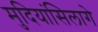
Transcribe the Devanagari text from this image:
मुदियांसिलागे